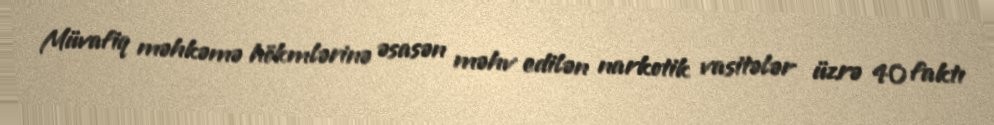
Müvafiq məhkəmə hökmlərinə əsasən məhv edilən narkotik vasitələr üzrə 40 faktı